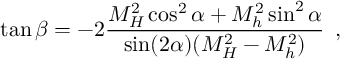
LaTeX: \tan \beta = - 2 \frac { M _ { H } ^ { 2 } \cos ^ { 2 } \alpha + M _ { h } ^ { 2 } \sin ^ { 2 } \alpha } { \sin ( 2 \alpha ) ( M _ { H } ^ { 2 } - M _ { h } ^ { 2 } ) } \enskip ,